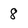
Character: 8